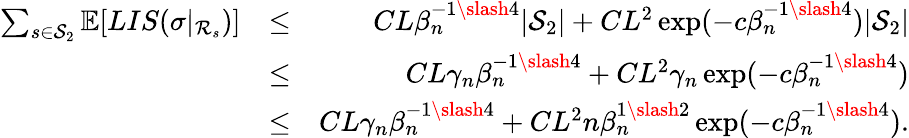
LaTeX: \begin{array}{rlr}{\sum_{s\in\mathcal{S}_{2}}\mathbb{E}[LIS(\sigma|_{\mathcal{R}_{s}})]}&{\leq}&{CL\beta_{n}^{-1\slash 4}|\mathcal{S}_{2}|+CL^{2}\exp(-c\beta_{n}^{-1\slash 4})|\mathcal{S}_{2}|}\\ &{\leq}&{CL\gamma_{n}\beta_{n}^{-1\slash 4}+CL^{2}\gamma_{n}\exp(-c\beta_{n}^{-1\slash 4})}\\ &{\leq}&{CL\gamma_{n}\beta_{n}^{-1\slash 4}+CL^{2}n\beta_{n}^{1\slash 2}\exp(-c\beta_{n}^{-1\slash 4}).}\end{array}